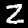
Label: 2